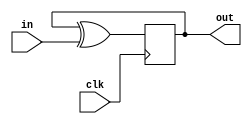
module top_module (
    input clk,
    input in,
    output out);

    wire sum,out_0;
    always @(posedge clk)begin
        out_0 <= sum;
    end
    assign sum = out_0 ^ in;
    assign out = out_0;

endmodule